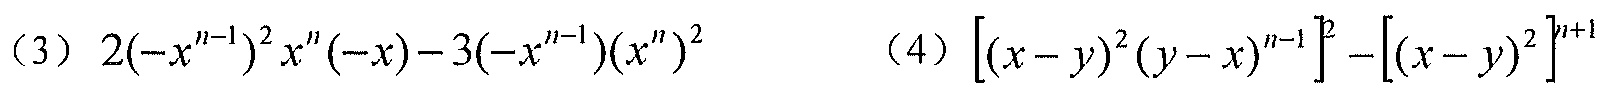
（3）\(2(-x^{n - 1})^{2}x^{n}(-x)-3(-x^{n - 1})(x^{n})^{2}\)  （4）\(\left[(x - y)^{2}(y - x)^{n - 1}\right]^{2}-\left[(x - y)^{2}\right]^{n + 1}\)